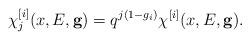
LaTeX: \begin{align*}\chi^{[i]}_j (x,E,{\bf g})=q^{j(1-g_i)} \chi^{[i]}(x,E,{\bf g}).\end{align*}